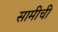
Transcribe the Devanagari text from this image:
सामीची